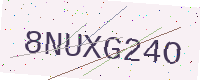
Text: 8NUXG24O